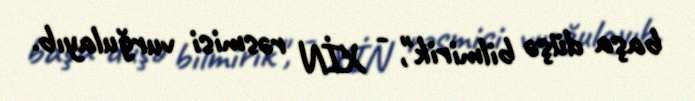
başa düşə bilmirik", - XİN rəsmisi vurğulayıb.